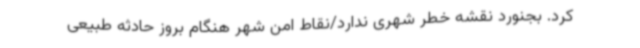
کرد. بجنورد نقشه خطر شهری ندارد/نقاط امن شهر هنگام بروز حادثه طبیعی